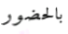
بالحضور